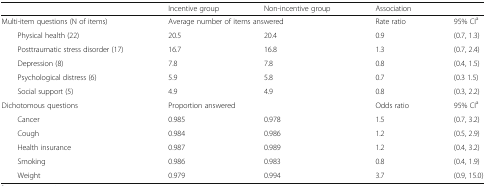
<table><thead><tr><td></td><td><b>Incentive group</b></td><td><b>Non-incentive group</b></td><td colspan="2"><b>Association</b></td></tr></thead><tbody><tr><td>Multi-item questions (N of items)</td><td colspan="2">Average number of items answered</td><td>Rate ratio</td><td>95% CI<sup>a</sup></td></tr><tr><td>Physical health (22)</td><td>20.5</td><td>20.4</td><td>0.9</td><td>(0.7, 1.3)</td></tr><tr><td>Posttraumatic stress disorder (17)</td><td>16.7</td><td>16.8</td><td>1.3</td><td>(0.7, 2.4)</td></tr><tr><td>Depression (8)</td><td>7.8</td><td>7.8</td><td>0.8</td><td>(0.4, 1.5)</td></tr><tr><td>Psychological distress (6)</td><td>5.9</td><td>5.8</td><td>0.7</td><td>(0.3 1.5)</td></tr><tr><td>Social support (5)</td><td>4.9</td><td>4.9</td><td>0.8</td><td>(0.3, 2.2)</td></tr><tr><td>Dichotomous questions</td><td colspan="2">Proportion answered</td><td>Odds ratio</td><td>95% CI<sup>a</sup></td></tr><tr><td>Cancer</td><td>0.985</td><td>0.978</td><td>1.5</td><td>(0.7, 3.2)</td></tr><tr><td>Cough</td><td>0.984</td><td>0.986</td><td>1.2</td><td>(0.5, 2.9)</td></tr><tr><td>Health insurance</td><td>0.987</td><td>0.989</td><td>1.2</td><td>(0.4, 3.2)</td></tr><tr><td>Smoking</td><td>0.986</td><td>0.983</td><td>0.8</td><td>(0.4, 1.9)</td></tr><tr><td>Weight</td><td>0.979</td><td>0.994</td><td>3.7</td><td>(0.9, 15.0)</td></tr></tbody></table>